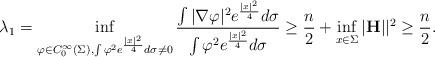
LaTeX: \begin{align*}\lambda_1= \inf_{\varphi\in C_0^{\infty}(\Sigma),\int \varphi^2e^{\frac{|x|^2}{4}}d\sigma\neq 0}\dfrac{\int|\nabla \varphi|^2e^{\frac{|x|^2}{4}}d\sigma}{\int \varphi^2e^{\frac{|x|^2}{4}}d\sigma}\geq \dfrac{n}{2}+\inf_{x\in \Sigma}|{\bf H}||^2\geq \frac n2.\end{align*}